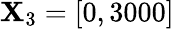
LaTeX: \mathbf{X}_{3}=[0,3000]